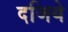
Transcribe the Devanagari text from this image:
दजिये